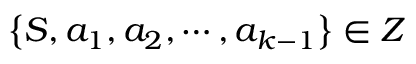
\left\{ S , { { a } _ { 1 } } , { { a } _ { 2 } } , \cdots , { { a } _ { k - 1 } } \right\} \in { { Z } }